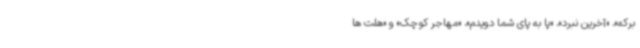
برکه»، «آخرین نبرد»، «پا به پای شما دویدم»، «مهاجر کوچک» و «هلت ها